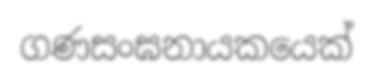
ගණසංඝනායකයෙක්